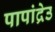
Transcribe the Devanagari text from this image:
पापांद्रेउ